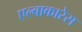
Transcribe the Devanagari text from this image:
एल्बाकारेस